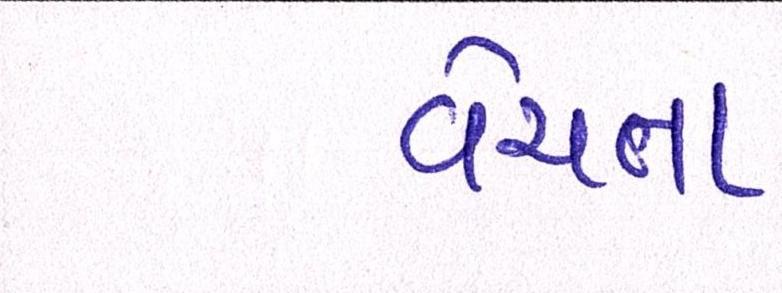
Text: વેચતા